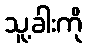
သူ့ခါးကို